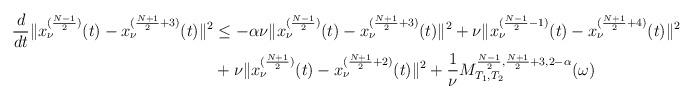
LaTeX: \begin{align*}\frac{d}{dt}\|x_\nu^{(\frac{N-1}{2})}(t)-x_\nu^{(\frac{N+1}{2}+3)}(t)\|^2&\leq-\alpha\nu\|x_\nu^{(\frac{N-1}{2})}(t)-x_\nu^{(\frac{N+1}{2}+3)}(t)\|^2+\nu\|x_\nu^{(\frac{N-1}{2}-1)}(t)-x_\nu^{(\frac{N+1}{2}+4)}(t)\|^2 \\&+\nu\|x_\nu^{(\frac{N+1}{2})}(t)-x_\nu^{(\frac{N+1}{2}+2)}(t)\|^2+\frac{1}{\nu}M_{T_1,T_2}^{\frac{N-1}{2},\frac{N+1}{2}+3,2-\alpha}(\omega)\end{align*}